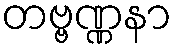
တဗ္ဗဏ္ဏနာ